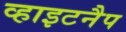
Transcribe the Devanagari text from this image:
व्हाइटनैप